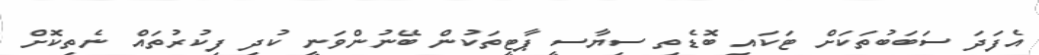
އެފަދަ ސަބަބުތަކަށް ޓަކައި ބޮޑެތި ސިޔާސީ ޕާޓީތަކުން ބޭނުންވަނީ ކުދި ފިކުރުތައް ނެތިކޮށް